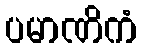
ပမာဏိကံ